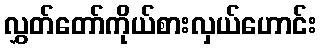
လွှတ်တော်ကိုယ်စားလှယ်ဟောင်း